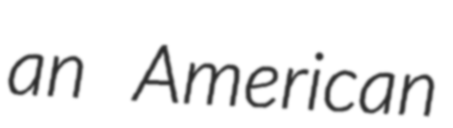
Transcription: an American